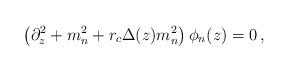
LaTeX: \begin{align*}\left( \partial_z^2+m_n^2+r_c \Delta(z)m_n^2 \right) \phi_n(z)=0\,,\end{align*}